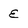
Character: e